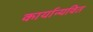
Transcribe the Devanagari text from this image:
कार्यान्यवित